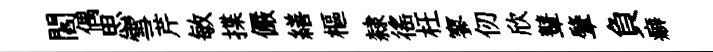
閻偶思雪芹敏揲儼繕樞隸徭枉寥仞欣鼙肇負癖